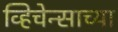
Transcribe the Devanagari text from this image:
व्हिचेन्साच्या